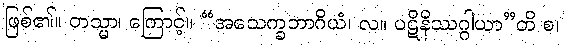
ဖြစ်၏။ တသ္မာ၊ ကြောင့်။ “အသေက္ခဘာဂိယံ၊ လ။ ပဋိနိဿဂ္ဂါယာ”တိ စ၊